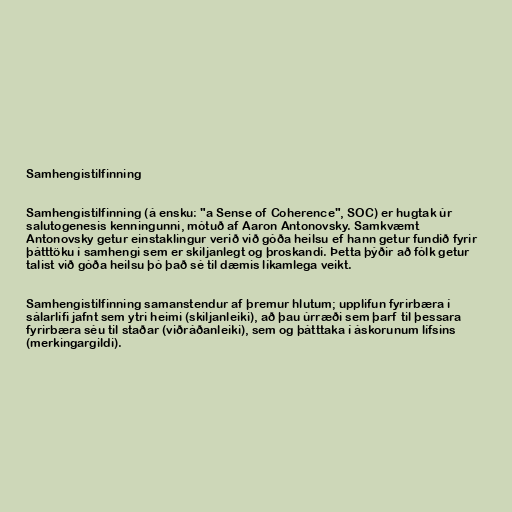
Samhengistilfinning

Samhengistilfinning (á ensku: "a Sense of Coherence", SOC) er hugtak úr
salutogenesis kenningunni, mótuð af Aaron Antonovsky. Samkvæmt
Antonovsky getur einstaklingur verið við góða heilsu ef hann getur fundið fyrir
þátttöku í samhengi sem er skiljanlegt og þroskandi. Þetta þýðir að fólk getur
talist við góða heilsu þó það sé til dæmis líkamlega veikt.

Samhengistilfinning samanstendur af þremur hlutum; upplifun fyrirbæra í
sálarlífi jafnt sem ytri heimi (skiljanleiki), að þau úrræði sem þarf til þessara
fyrirbæra séu til staðar (viðráðanleiki), sem og þátttaka í áskorunum lífsins
(merkingargildi).